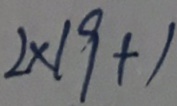
2 \times 1 9 + 1